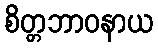
စိတ္တဘာဝနာယ